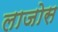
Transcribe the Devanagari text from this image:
लाजोस